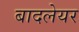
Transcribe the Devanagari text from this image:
बादलेयर